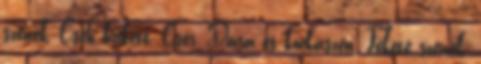
szenek, Cseh brikett, Cser, Dara és kockaszén, Fekete szenek,